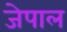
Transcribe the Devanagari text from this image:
जेपाल